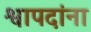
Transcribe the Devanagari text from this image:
श्वापदांना